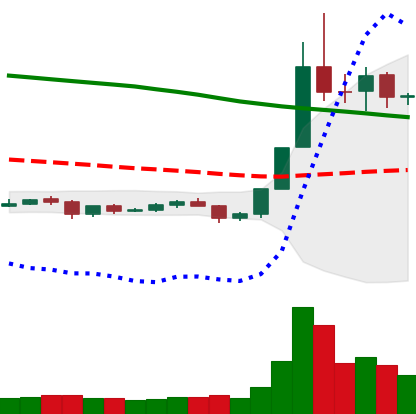
Ticker: NEO-USD
Chart end date: 2019-11-01
Forward return: 4.254%
Label: up_3_5